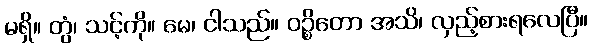
မရှိ။ တွံ၊ သင့်ကို။ မေ၊ ငါသည်။ ဝဉ္စိတော အသိ၊ လှည့်စားရလေပြီ။